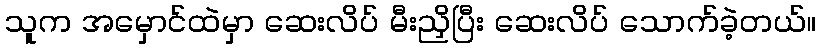
သူက အမှောင်ထဲမှာ ဆေးလိပ် မီးညှိပြီး ဆေးလိပ် သောက်ခဲ့တယ်။